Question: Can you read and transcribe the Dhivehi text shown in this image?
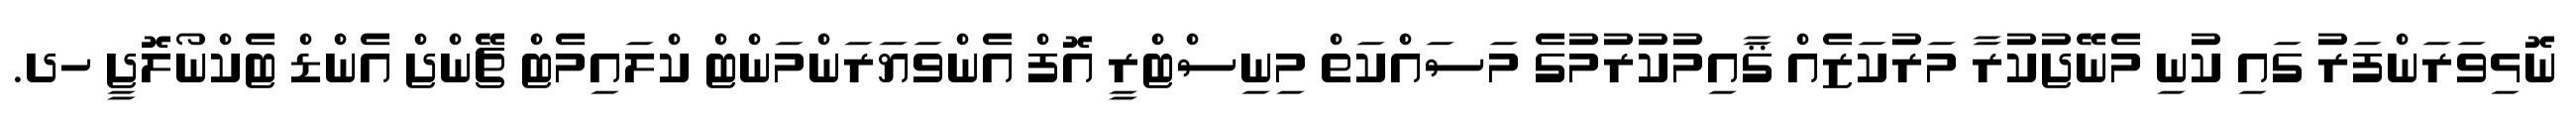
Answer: ނޮޅިވަރަންފަރު ގައި ކުނި މެނޭޖުކުރާ މަރުކަޒެއް ޤާއިމުކުރުމުގެ މަސައްކަތް މިނިސްޓްރީ އޮފް އެންވަޔަރަންމަންޓް ކްލައިމެޓް ޗޭންޖް އެންޑް ޓެކްނޯލޮޖީ ހދ.